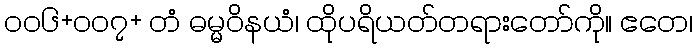
၀၀၆+၀၀၇+ တံ ဓမ္မဝိနယံ၊ ထိုပရိယတ်တရားတော်ကို။ ဧတေ၊